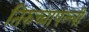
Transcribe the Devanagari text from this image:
तिरुच्चापल्ली